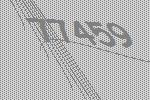
77459